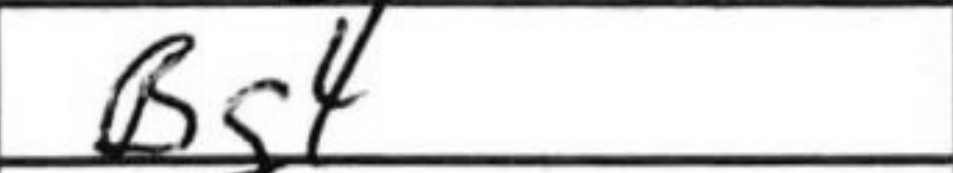
Transcription: Bg4